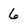
Character: 6